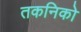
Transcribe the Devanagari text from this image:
तकनिको